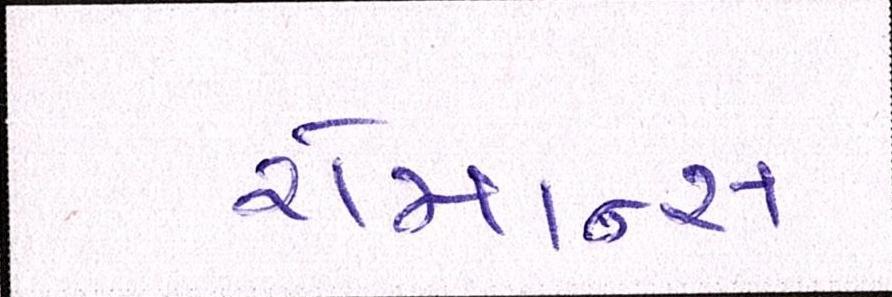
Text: રોમાન્સ